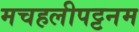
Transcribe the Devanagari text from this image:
मचहलीपट्टनम